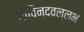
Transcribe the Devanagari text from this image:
गोविन्दवल्लभ